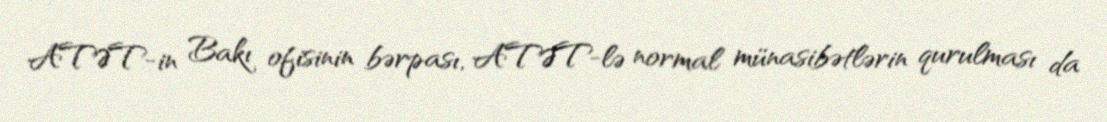
ATƏT-in Bakı ofisinin bərpası, ATƏT-lə normal münasibətlərin qurulması da